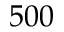
5 0 0